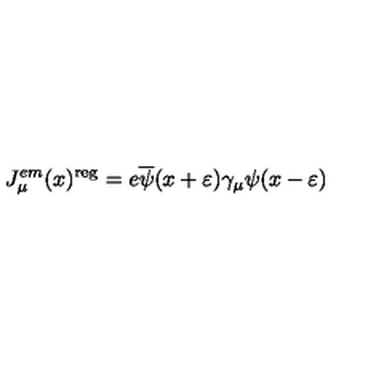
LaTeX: J _ { \mu } ^ { e m } ( x ) ^ { \mathrm { r e g } } = e \overline { { \psi } } ( x + \varepsilon ) \gamma _ { \mu } \psi ( x - \varepsilon )